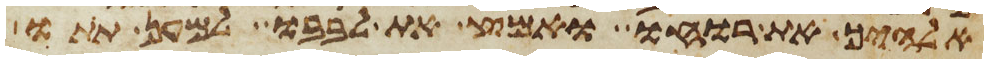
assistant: אלהיך את רוחו ואמץ את לבבו למען תתו